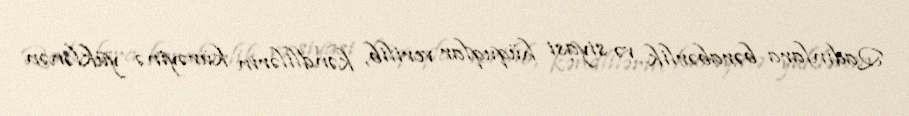
Qadınlara bərabərlik və siyasi hüquqlar verilib, kəndlilərin kürəyinə yüklənən